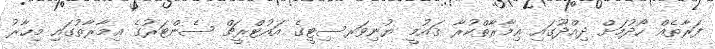
ފަރާތެއް ހޯދުމަށް ދިއްދޫގައި ޢިމާރާތްކުރާ ޤައުމީ ޔުނިވަރސިޓީގެ އައުޓްރީޗް ސެންޓަރުގެ ޢިމާރާތުގައި މިހާރު